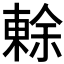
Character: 𭫧